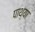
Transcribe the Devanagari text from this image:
पाथ्या